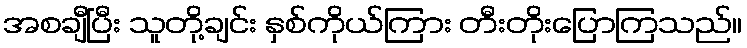
အစချီပြီး သူတို့ချင်း နှစ်ကိုယ်ကြား တီးတိုးပြောကြသည်။